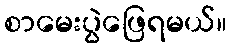
စာမေးပွဲဖြေရမယ်။